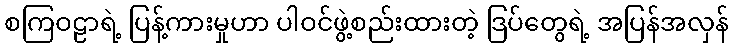
စကြဝဠာရဲ့ ပြန့်ကားမှုဟာ ပါဝင်ဖွဲ့စည်းထားတဲ့ ဒြပ်တွေရဲ့ အပြန်အလှန်